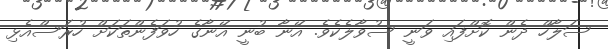
ސަލާހް ދެން ކޮށްފައި ވަނީ ސުވާލެކެވެ. އޭނާ ބުނީ އޭނާގެ ހުވަފެންތަކަށް ހުރަސްއެޅި